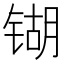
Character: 𲈋